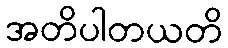
အတိပါတယတိ